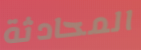
المحادثة